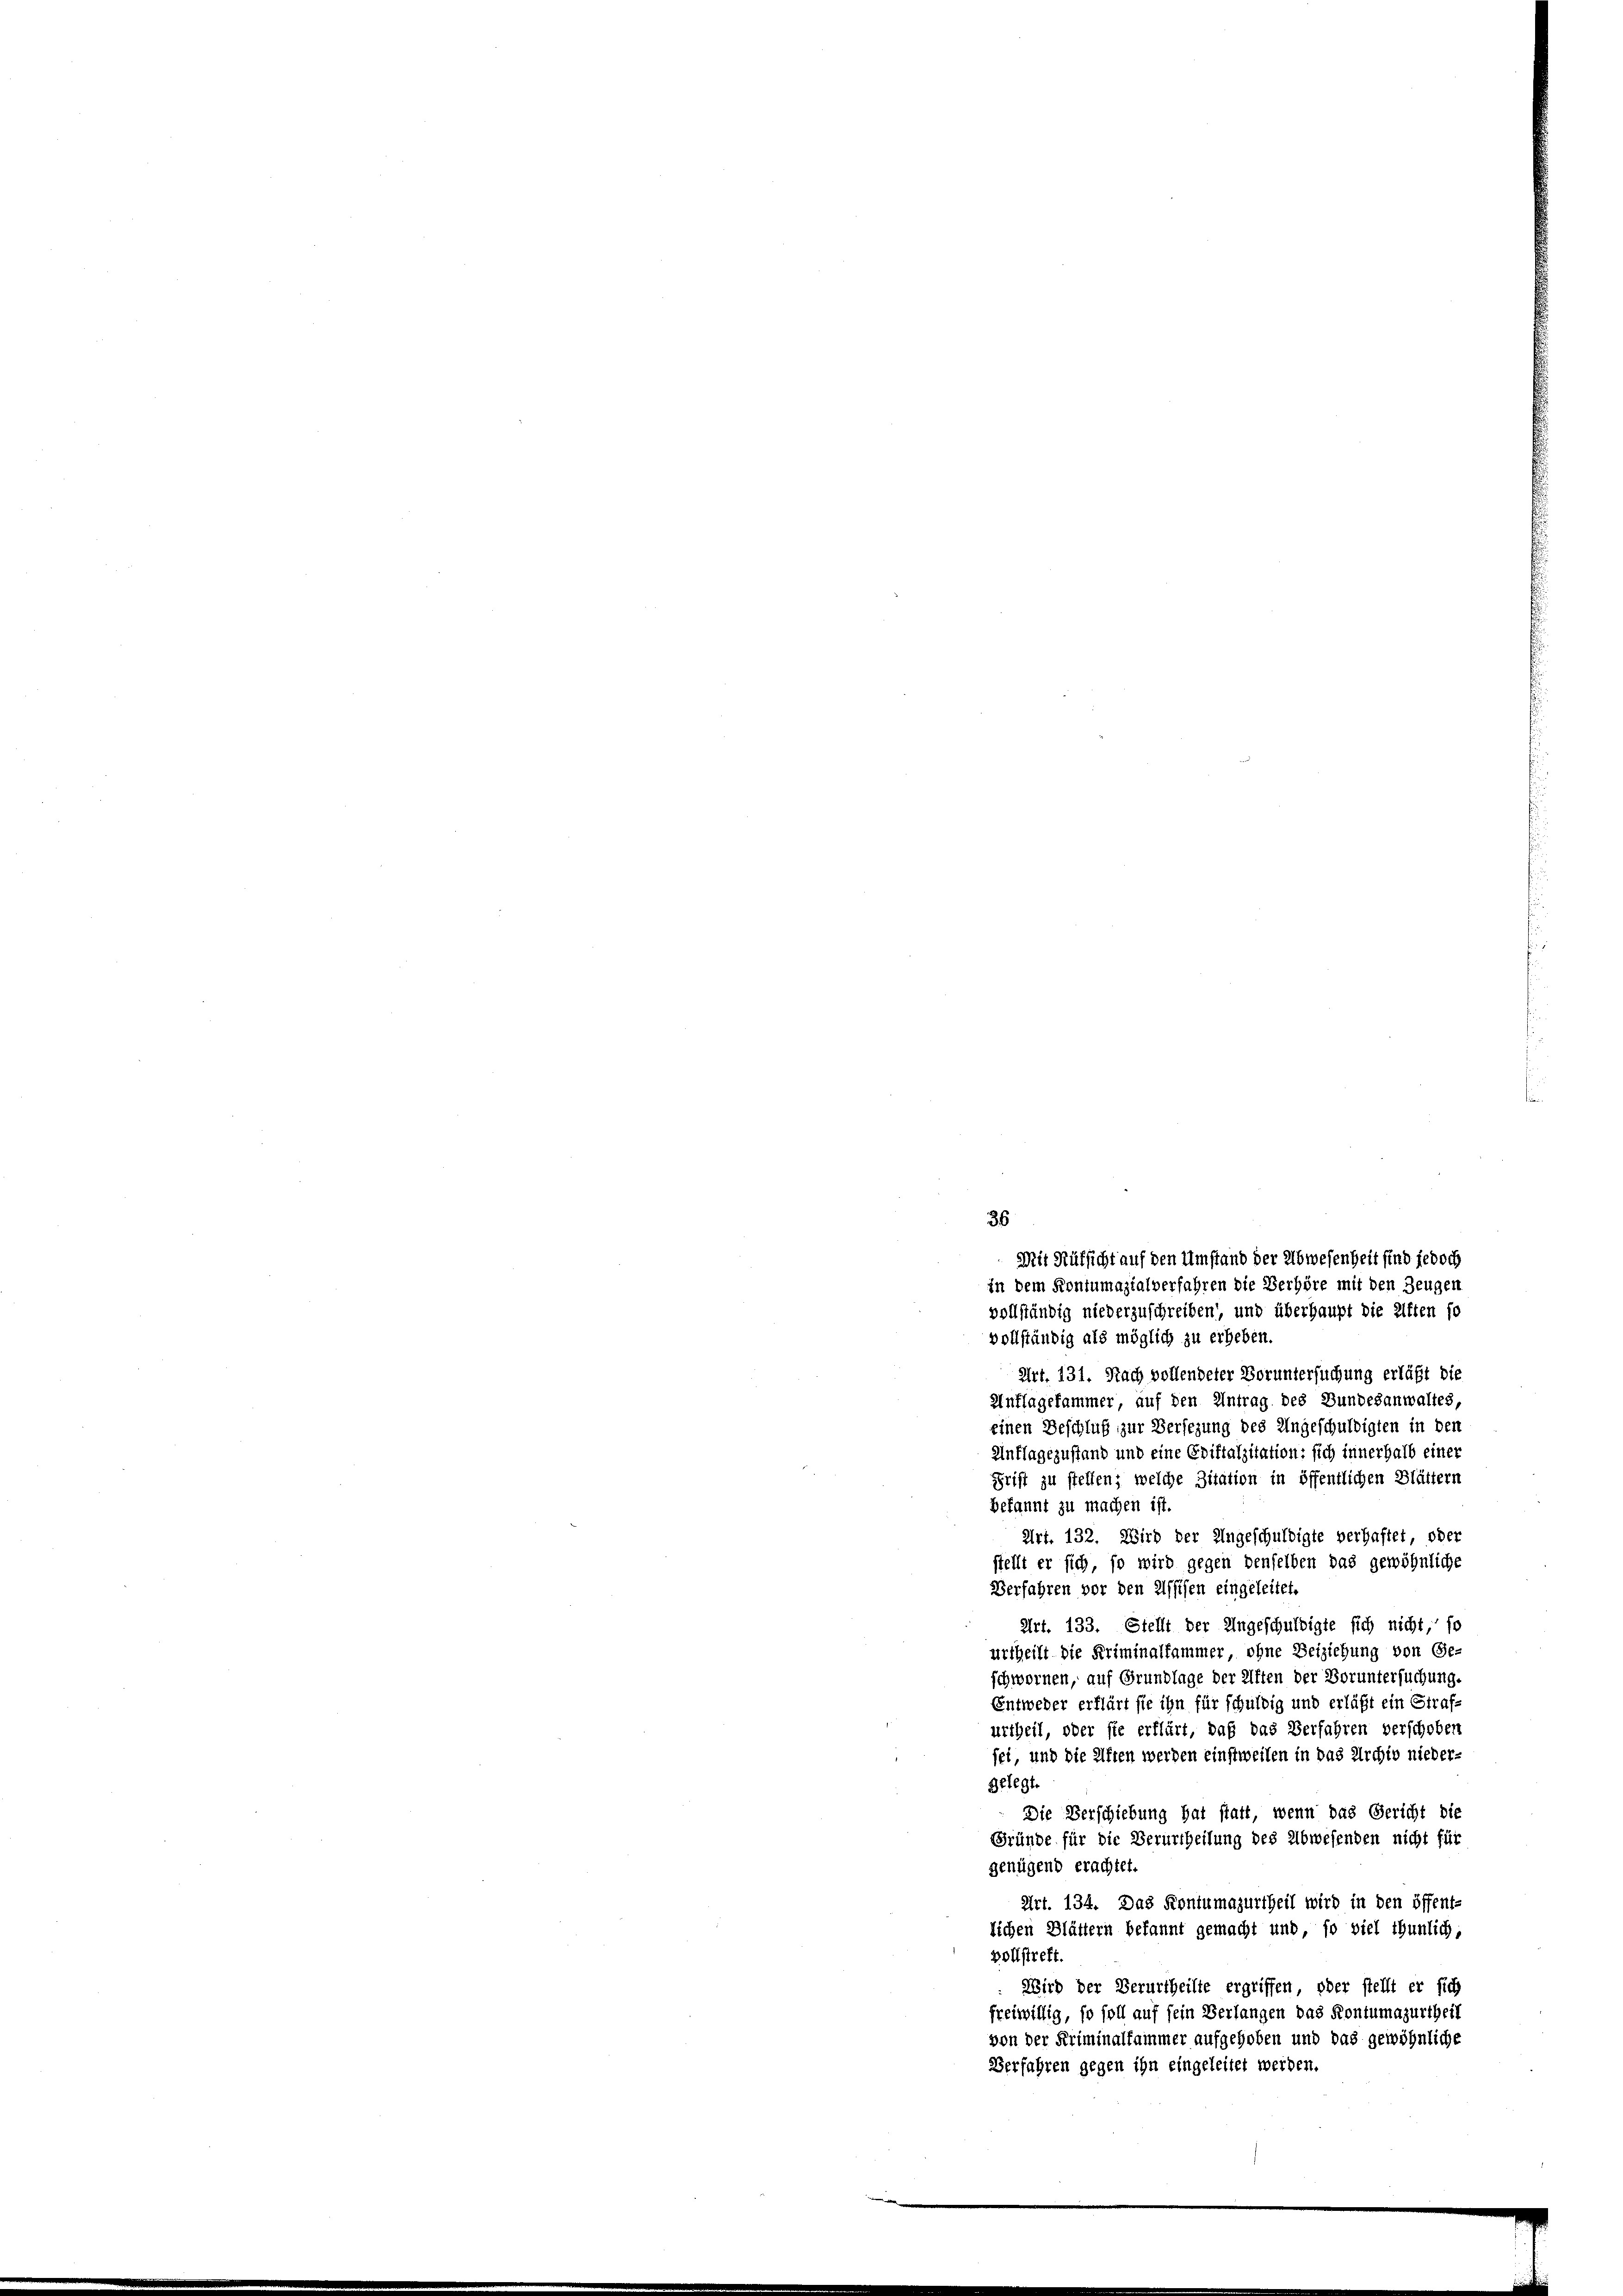
36
vollständig niederzuschreiben, und überhaupt die Ritten so
vollständig als möglich zu erheben.
Art. 131. Nach vollendeter Voruntersuchung erläßt die
Unflagefammer auf den Antrag des Bundesanwaltes,
einen Beschluß zur Versezung des Ungeschuldigten in den
Anflagezustand und eine Epiftalzitation: sich innerhalb einer
chrift zu stellen; welche Zitation in öffentlichen Blättern
bekannt zu machen ist.
Art. 132. Wird der Ungeschuldigte verhaftet, oder
stellt er sich, so wird gegen denselben das gewöhnliche
Verfahren vor den Assisen eingeleitet.
Art. 133. Stellt der Ungeschuldigte sich nicht, so
urtheilt die Kriminalfammer, ohne Beiziehung von Ge-
schwornen, auf Grundlage der Aften der Voruntersuchung
Entweder erklärt sie ihn für schuldig und erläßt ein Strafurtheil, oder sie erklärt, daß das Verfahren verschoben
sei, und die Alten werden einstweilen in das Archiv nieder-
gelegt.
Die Verschiebung hat statt, wenn das Gericht die
Gründe für die Verurtheilung des Abwesenden nicht für
genügend erachtet.
Art. 134. Das Kontumazurtheil wird in den öffent-
lichen Blättern bekannt gemacht und so viel thunlich,
vollstreft.
Wird der Verurtheilte ergriffen, oder stellt er sich
freiwillig, so soll auf sein Verlangen das Kontumazurtheil
von der Kriminalfammer aufgehoben und das gewöhnliche
Verfahren gegen ihn eingeleitet werden

Mit Aufsicht auf den Umstand der Abwesenheit sind jedoch
in dem Kontumazialverfahren die Verhöre mit den Zeugen